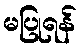
မပြုရန်